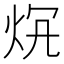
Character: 𤇛